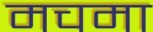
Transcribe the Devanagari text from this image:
मचमा